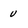
Character: u